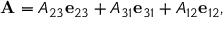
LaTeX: \mathbf { A } = A _ { 2 3 } \mathbf { e } _ { 2 3 } + A _ { 3 1 } \mathbf { e } _ { 3 1 } + A _ { 1 2 } \mathbf { e } _ { 1 2 } ,